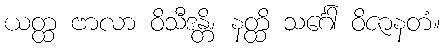
ယတ္ထ ဗာလာ ဝိသီဒန္တိ၊ နတ္ထိ သင်္ဂေါ ဝိဇာနတံ။